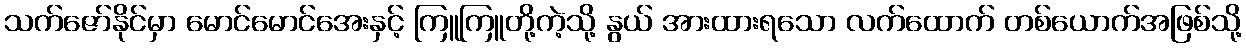
သက်ဇော်နိုင်မှာ မောင်မောင်အေးနှင့် ကြူကြူတို့ကဲ့သို့ နွယ် အားထားရသော လက်ထောက် တစ်ယောက်အဖြစ်သို့